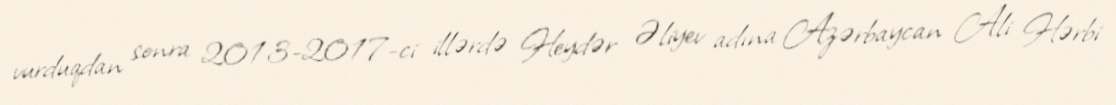
vurduqdan sonra 2013-2017-ci illərdə Heydər Əliyev adına Azərbaycan Ali Hərbi